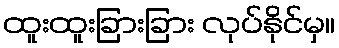
ထူးထူးခြားခြား လုပ်နိုင်မှ။